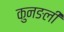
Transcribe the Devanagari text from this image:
कुनङली